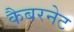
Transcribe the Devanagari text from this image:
कैबरनेट